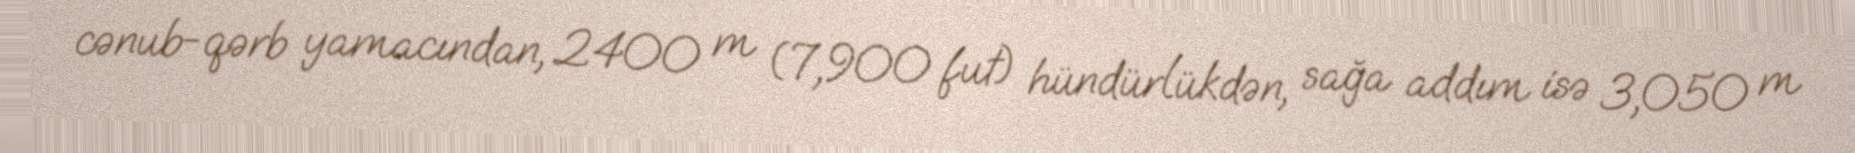
cənub-qərb yamacından, 2400 m (7,900 fut) hündürlükdən, sağa addım isə 3,050 m